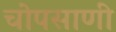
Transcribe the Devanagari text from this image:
चोपसाणी